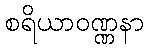
စရိယာဝဏ္ဏနာ